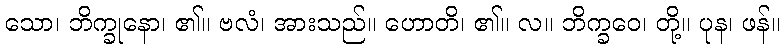
သော၊ ဘိက္ခုနော၊ ၏။ ဗလံ၊ အားသည်။ ဟောတိ၊ ၏။ လ။ ဘိက္ခဝေ၊ တို့။ ပုန၊ ဖန်။